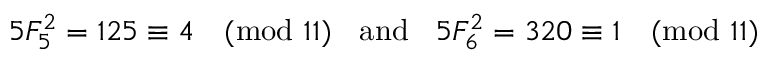
5 F _ { 5 } ^ { 2 } = 1 2 5 \equiv 4 { \pmod { 1 1 } } \; \; { \mathrm { ~ a n d ~ } } \; \; 5 F _ { 6 } ^ { 2 } = 3 2 0 \equiv 1 { \pmod { 1 1 } }